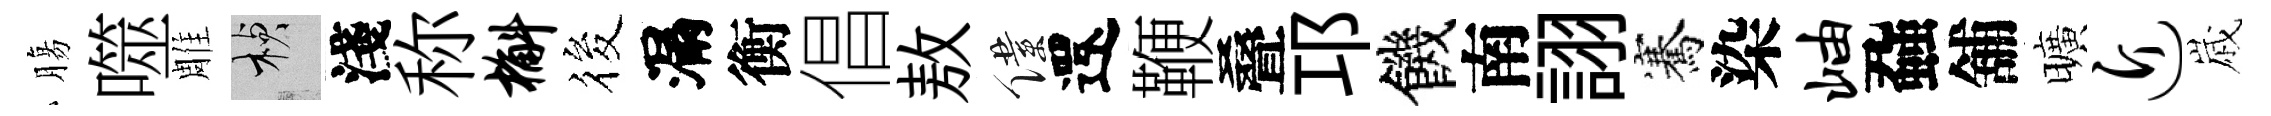
膓噬雕楨淺称槲筱漏衡倡敖僕還鞭叠邛饑南詡騫染岫蝨舖曠近𡻕